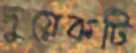
দুয়েকটি